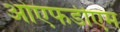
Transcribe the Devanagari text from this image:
ओएफडीएम